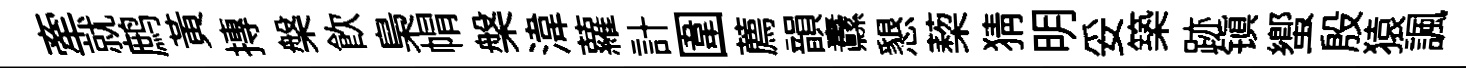
牽就鹧黄摶槃飲梟㡌槃湋蘿計圍薦韻纛懇蔾猜明妥築跡镇蠁殷猿諷